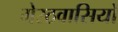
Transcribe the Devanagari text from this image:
मेरठवासियों